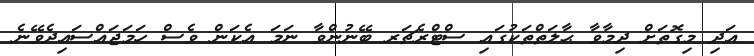
އަދި މިގޮތަށް ދިމާވާ ޙާލަތްތަކުގައި ސްޓްރެޗަރ ބޭނުންވާ ނަމަ އެކަން ވެސް ހަމަޖައްސައިދެވޭނެ